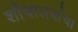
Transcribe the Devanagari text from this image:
शौचालयांचा